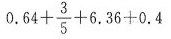
$$0 . 6 4 + \frac { 3 } { 5 } + 6 . 3 6 + 0 . 4$$